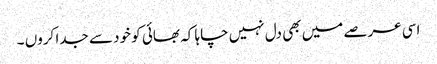
اسی عرصے میں بھی دل نہیں چاہا کہ بھائی کو خود سے جدا کروں ۔